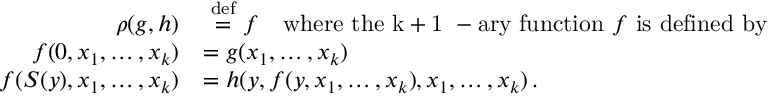
{ \begin{array} { r l } { \rho ( g , h ) } & { \ { \stackrel { \mathrm { d e f } } { = } } \ f \quad { \mathrm { w h e r e ~ t h e ~ k + 1 ~ - a r y ~ f u n c t i o n ~ } } f { \mathrm { ~ i s ~ d e f i n e d ~ b y } } } \\ { f ( 0 , x _ { 1 } , \ldots , x _ { k } ) } & { = g ( x _ { 1 } , \ldots , x _ { k } ) } \\ { f ( S ( y ) , x _ { 1 } , \ldots , x _ { k } ) } & { = h ( y , f ( y , x _ { 1 } , \ldots , x _ { k } ) , x _ { 1 } , \ldots , x _ { k } ) \, . } \end{array} }